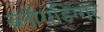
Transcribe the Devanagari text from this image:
ब्लॉगडिग्गर